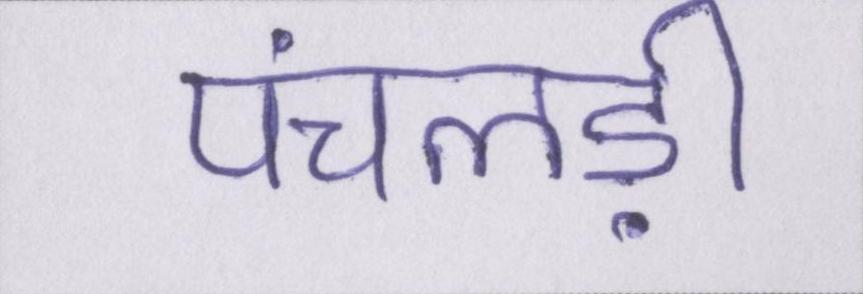
पंचलड़ी